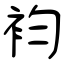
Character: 袀